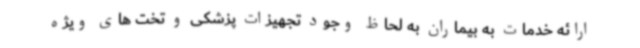
ارائه خدمات به بیماران به لحاظ وجود تجهیزات پزشکی و تخت های ویژه